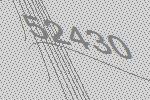
52430